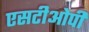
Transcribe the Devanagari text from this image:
एसटीओपी